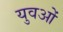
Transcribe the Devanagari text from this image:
युवओं